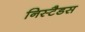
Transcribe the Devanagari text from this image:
निस्टैडस